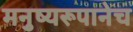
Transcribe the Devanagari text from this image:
मनुष्यरूपानेच